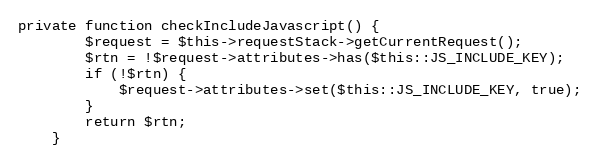
Language: PHP
private function checkIncludeJavascript() {
        $request = $this->requestStack->getCurrentRequest();
        $rtn = !$request->attributes->has($this::JS_INCLUDE_KEY);
        if (!$rtn) {
            $request->attributes->set($this::JS_INCLUDE_KEY, true);
        }
        return $rtn;
    }